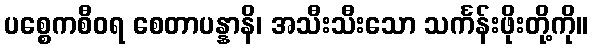
ပစ္စေကစီဝရ စေတာပန္နာနိ၊ အသီးသီးသော သင်္ကန်းဖိုးတို့ကို။